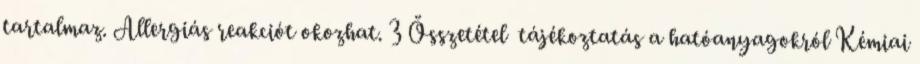
tartalmaz. Allergiás reakciót okozhat. 3 Összetétel tájékoztatás a hatóanyagokról Kémiai